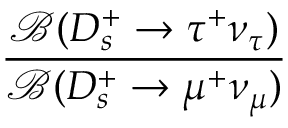
\displaystyle \frac { { \mathcal B } ( D _ { s } ^ { + } \to \tau ^ { + } \nu _ { \tau } ) } { { \mathcal B } ( D _ { s } ^ { + } \to \mu ^ { + } \nu _ { \mu } ) }